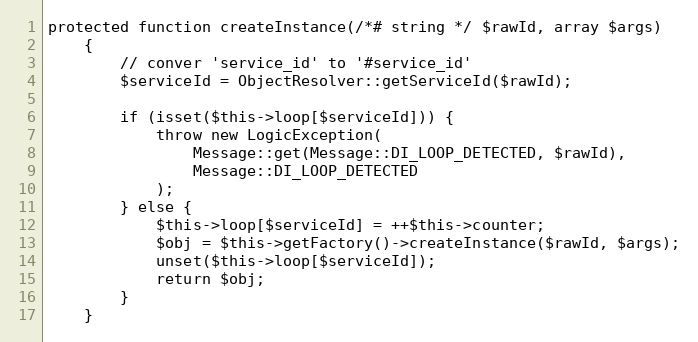
Language: PHP
protected function createInstance(/*# string */ $rawId, array $args)
    {
        // conver 'service_id' to '#service_id'
        $serviceId = ObjectResolver::getServiceId($rawId);

        if (isset($this->loop[$serviceId])) {
            throw new LogicException(
                Message::get(Message::DI_LOOP_DETECTED, $rawId),
                Message::DI_LOOP_DETECTED
            );
        } else {
            $this->loop[$serviceId] = ++$this->counter;
            $obj = $this->getFactory()->createInstance($rawId, $args);
            unset($this->loop[$serviceId]);
            return $obj;
        }
    }